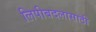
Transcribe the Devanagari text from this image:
लिपीबदलासाठी